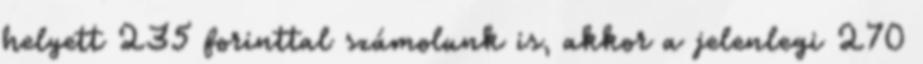
helyett 235 forinttal számolunk is, akkor a jelenlegi 270